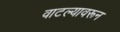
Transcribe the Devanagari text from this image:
वाटल्यावरून